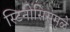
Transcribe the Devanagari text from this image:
स्टिनोसिसमुळे